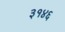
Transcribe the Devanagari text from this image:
३१४६